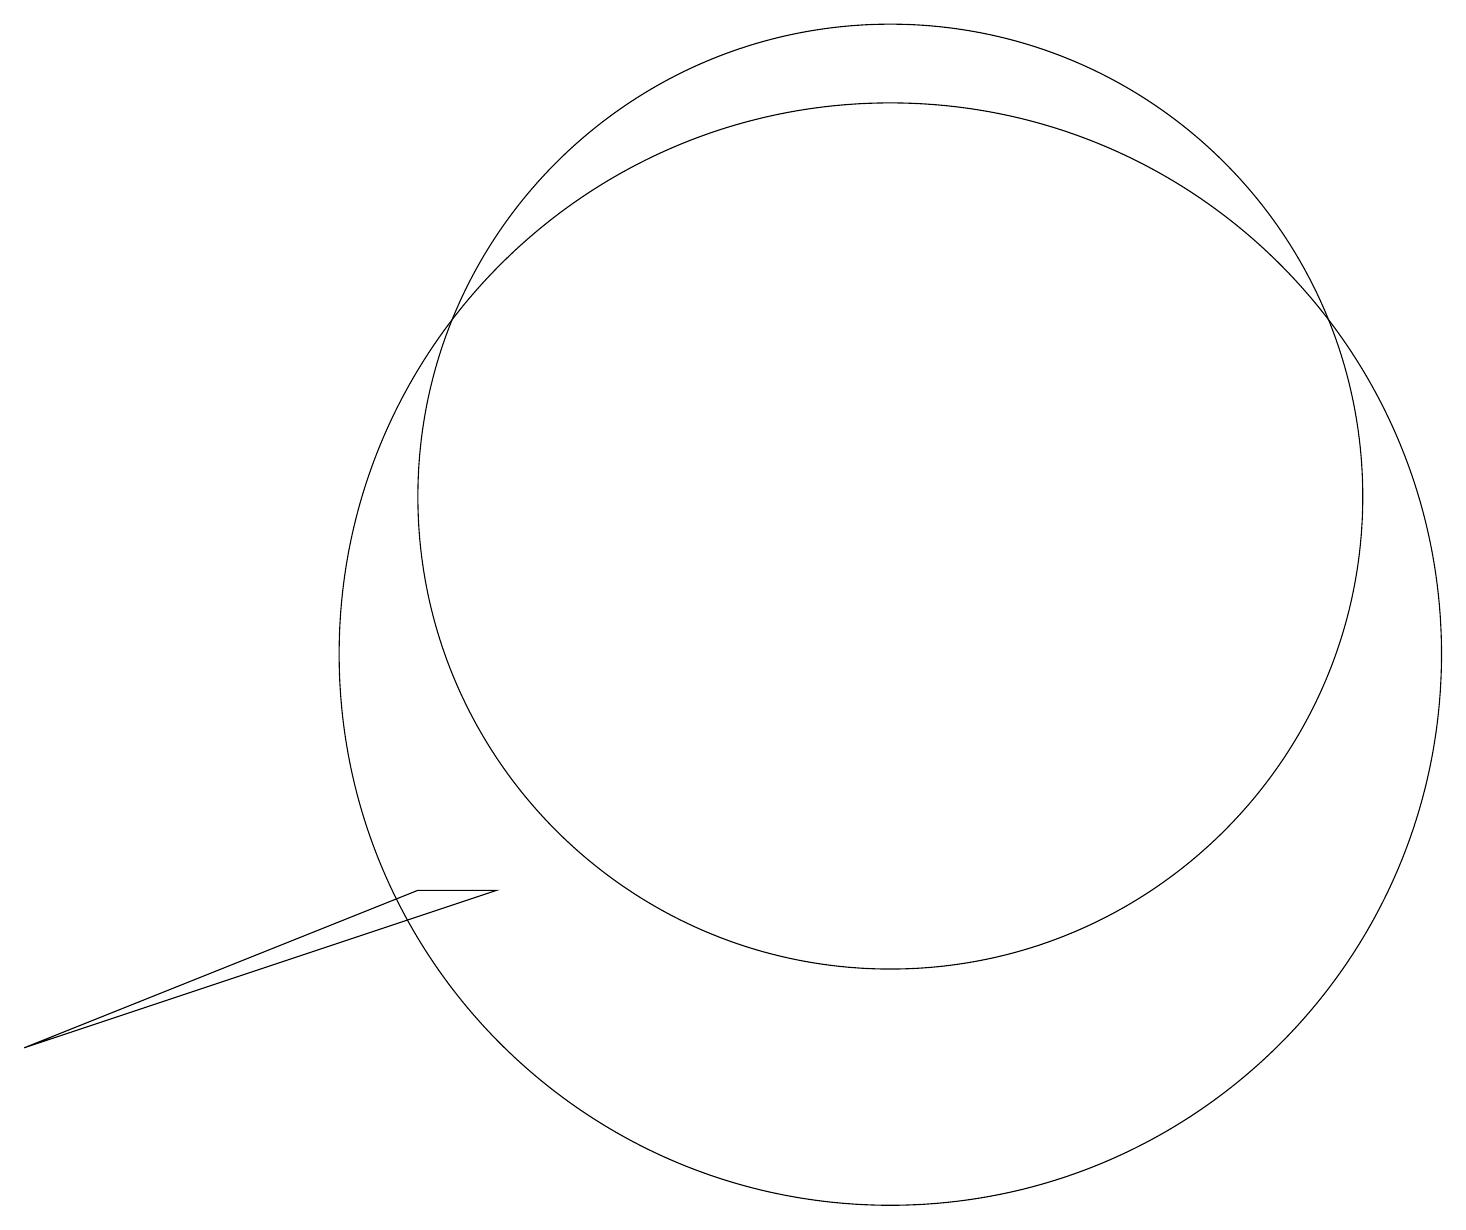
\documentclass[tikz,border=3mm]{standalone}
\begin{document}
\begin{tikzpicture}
\draw (11,10) circle (7);
\draw (5,7) -- (0,5) -- (6,7) -- cycle;
\draw (11,12) circle (6);
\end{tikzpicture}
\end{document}